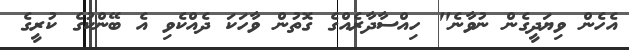
އެހެން ވިޔަދީގެން ނުވާނެ" ހިއްސާދާރެއްގެ ގޮތުން ވާހަކަ ދެއްކެވި އެ ބޭންކުގެ ކުރީގެ